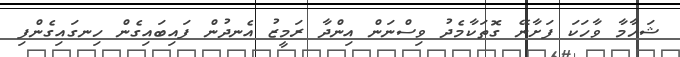
ޝަހާމާ ވާހަކަ ފަށާނޭ ގޮތަކާމެދު ވިސްނަން އިންދާ ރަމީޒު އެނދުން ފައިބައިގެން ހިނގައިގެންފި